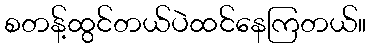
စတန့်ထွင်တယ်ပဲထင်နေကြတယ်။